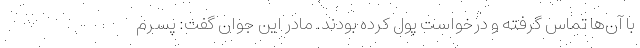
با آن‌ها تماس گرفته و درخواست پول کرده بودند. مادر این جوان گفت: پسرم